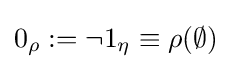
{\textstyle 0_{\rho }:=\neg 1_{\eta }\equiv \rho (\emptyset )}